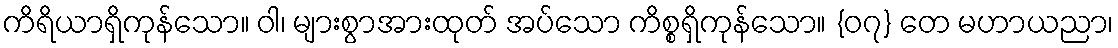
ကိရိယာရှိကုန်သော။ ဝါ၊ များစွာအားထုတ် အပ်သော ကိစ္စရှိကုန်သော။ {၀၇} တေ မဟာယညာ၊